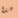
هذا